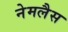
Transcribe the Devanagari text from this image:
नेमलैस